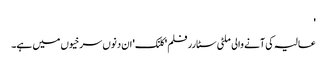
'
عالیہ کی آنے والی ملٹی سٹارر فلم 'کلنک' ان دنوں سرخیوں میں ہے۔